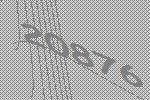
20876